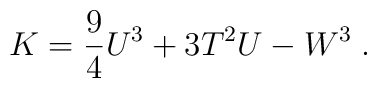
K=\frac{9}{4}U^{3}+3T^{2}U-W^{3}\; .